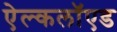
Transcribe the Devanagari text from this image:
ऐल्कलॉएड